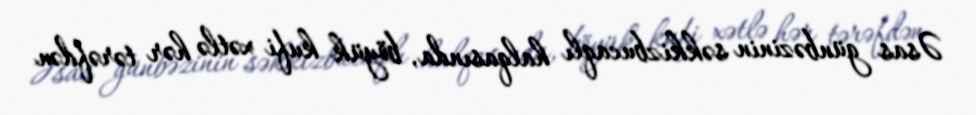
Əsas günbəzinin səkkizbucaqlı halqasında, böyük kufi xətlə hər tərəfdən